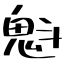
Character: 魁